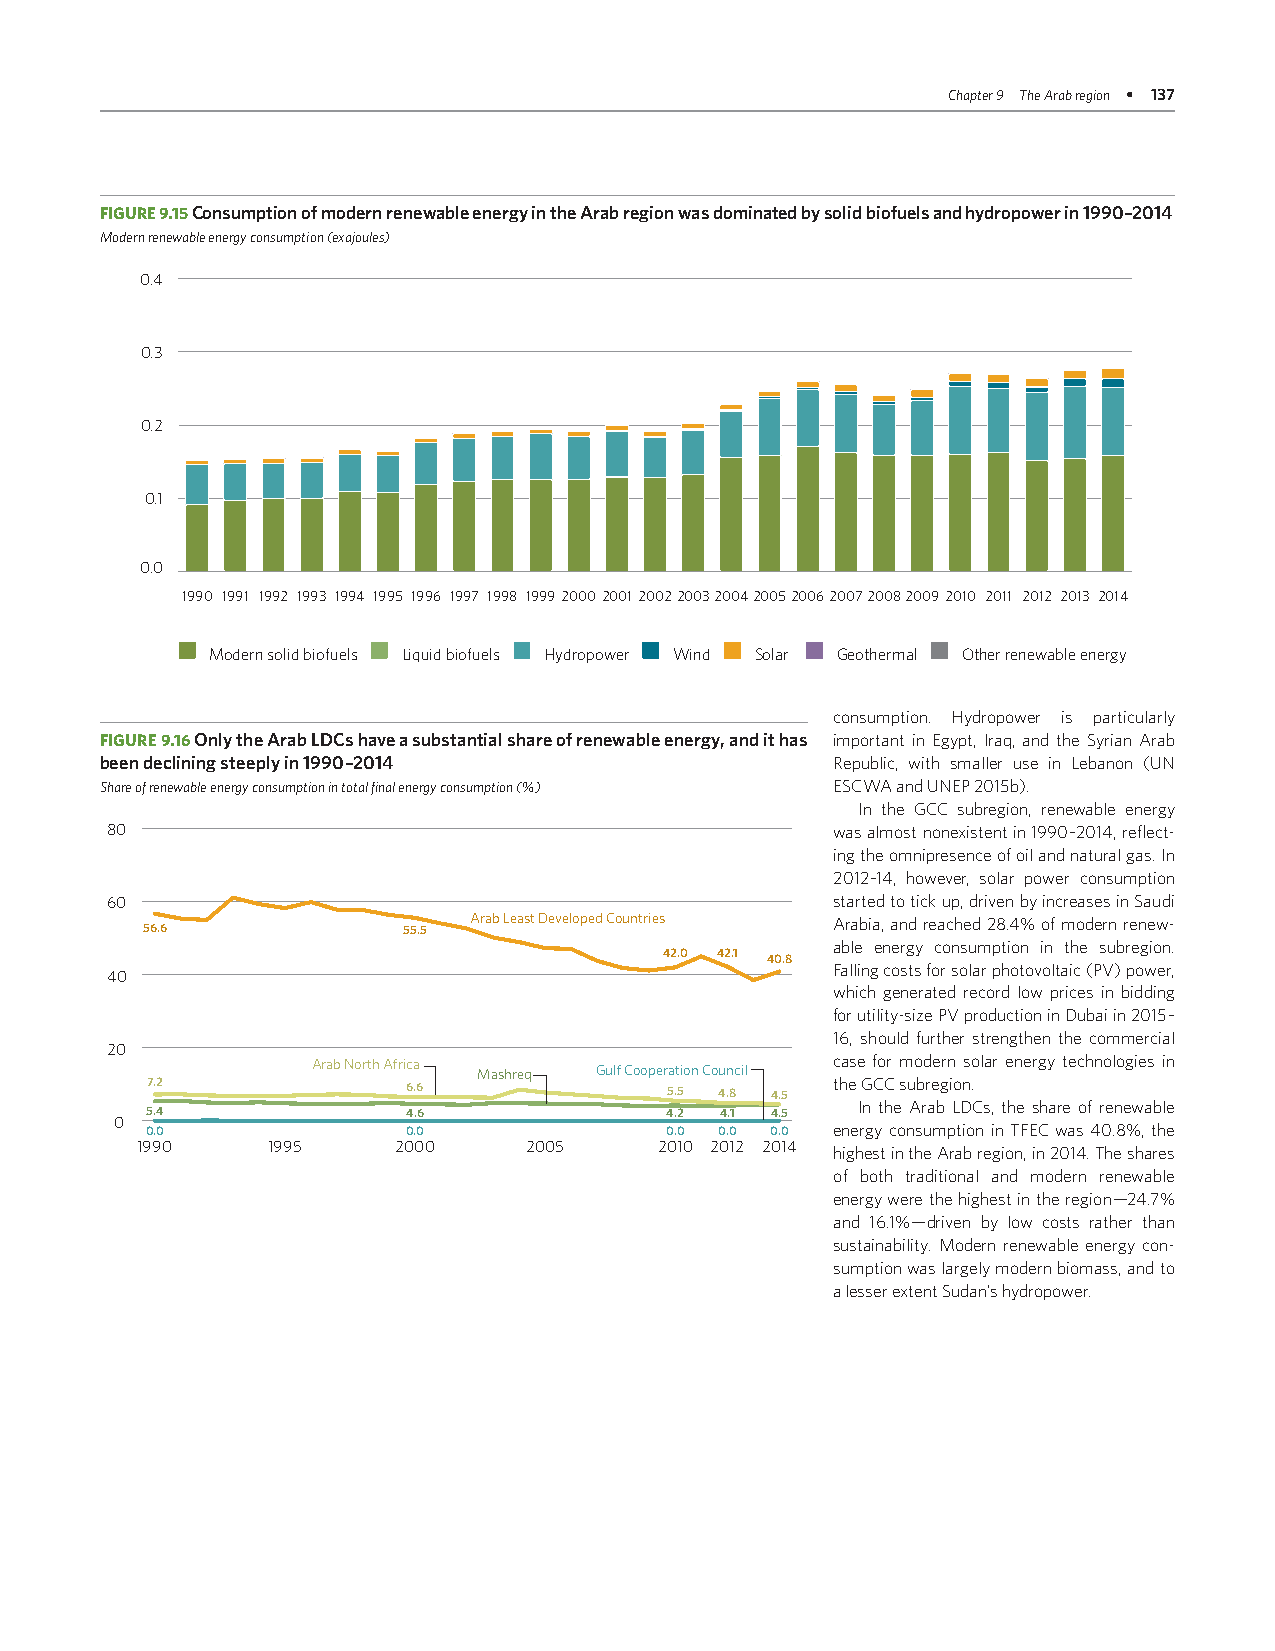
Chapter 9 The Arab region • 137
 FIGURE 9.15 Consumption of modern renewable energy in the Arab region was dominated by solid biofuels and hydropower in 1990–2014
 Modern renewable energy consumption (exajoules)
 0.4
 0.3
 0.2
 0.1
 0.0
 1990 1991 1992 1993 1994 1995 1996 1997 1998 199920002001200220032004200520062007200820092010 2011 2012 2013 2014
 Modern solid biofuels Liquid biofuels Hydropower Wind Solar Geothermal Other renewable energy
 consumption. Hydropower is particularly
 FIGURE 9.16 Only the Arab LDCs have a substantial share of renewable energy, and it has important in Egypt, Iraq, and the Syrian Arab
 been declining steeply in 1990–2014             Republic, with smaller use in Lebanon (UN
 Share of renewable energy consumption in total final energy consumption (%) ESCWA and UNEP 2015b).
 In the GCC subregion, renewable energy
 80                                              was almost nonexistent in 1990–2014, reflect-
 ing the omnipresence of oil and natural gas. In
 2012–14, however, solar power consumption
 60                                              started to tick up, driven by increases in Saudi
 Arab Least Developed Countries Arabia, and reached 28.4% of modern renew-
 56.6              55.5
 able energy consumption in the subregion.
 42.0 42.1 40.8
 Falling costs for solar photovoltaic (PV) power,
 40
 which generated record low prices in bidding
 for utility-size PV production in Dubai in 2015–
 16, should further strengthen the commercial
 20
 Arab North Africa Mashreq Gulf Cooperation Council case for modern solar energy technologies in
 7.2              6.6              5.5 4.8 4.5 the GCC subregion.
 5.4              4.6              4.2 4.1 4.5  In the Arab LDCs, the share of renewable
 0
 0.0              0.0              0.0 0.0 0.0 energy consumption in TFEC was 40.8%, the
 1990     1995    2000     2005     2010 2012 2014 highest in the Arab region, in 2014. The shares
 of both traditional and modern renewable
 energy were the highest in the region— 24.7%
 and 16.1% — driven by low costs rather than
 sustainability. Modern renewable energy con-
 sumption was largely modern biomass, and to
 a lesser extent Sudan’s hydropower.